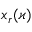
x _ { r } ( \varkappa )